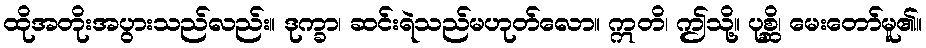
ထိုအတိုးအပွားသည်လည်း။ ဒုက္ခာ၊ ဆင်းရဲသည်မဟုတ်လော။ ဣတိ၊ ဤသို့။ ပုစ္ဆိ၊ မေးတော်မူ၏။